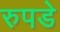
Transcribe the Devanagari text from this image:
रुपडे